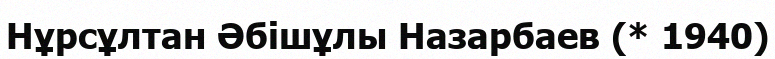
Нұрсұлтан Әбішұлы Назарбаев (* 1940)